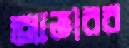
আতাবর